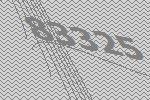
83325